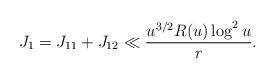
LaTeX: \begin{align*}J_{1}= J_{11}+J_{12}\ll \frac{u^{3/2}R(u)\log^2 u}{r}.\end{align*}